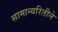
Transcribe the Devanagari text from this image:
सामान्यरितीने